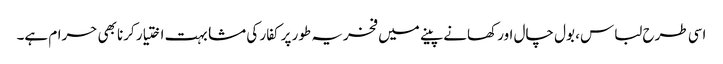
اسی طرح لباس، بول چال اور کھانے پینے میں فخریہ طور پر کفار کی مشابہت اختیار کرنا بھی حرام ہے۔